Calcutta medical institutions reports 1871-78
Year: 1871
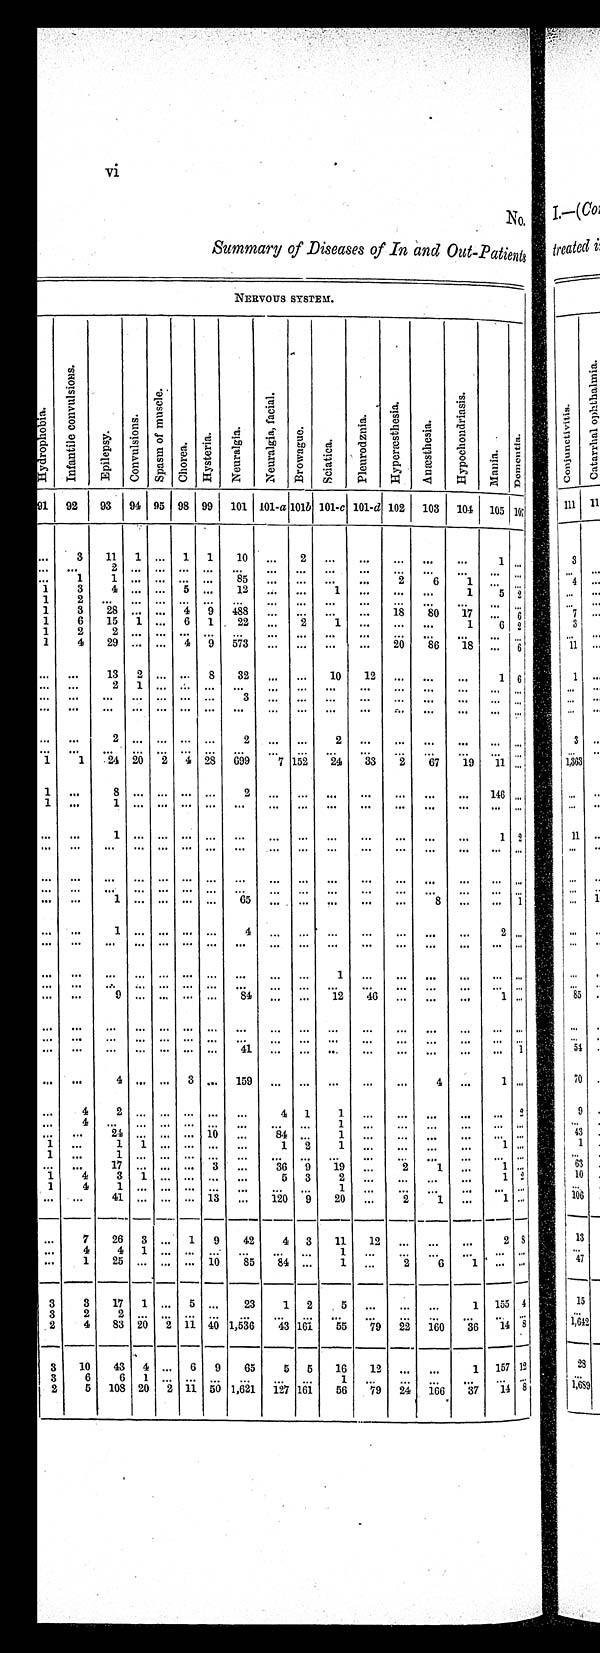
vi
No.
Summary of Diseases of In and Out-Patients
NERVOUS SYSTEM.
H y d r o p h o b i a .
I n f a n t i l e c o n v u l s i o n s .
E p i l e p s y . C o n v u l s i o n s .
S p a s m o f m u s c l e .
C h o r e a . Hy s t e r i a . N e u r a l g i a .
N e u r a l g i a , f a c i a l .
B r o w a g u e .
S c i a t i c a .
P l e u r o d z n i a . H y p e r æ s t h e s i a .
A n æ s t h e s i a . s
H y p o c h o n d r i a s i s .
Mani a.
D o m o n t i a .
91 92 93 94 95 98 99 101 101-a 101b 101-c 101-d 102 103 104 105
1 0 7
. . .
3
11 1 ...
1
1
10 ...
2
. . .
. . . ...
. . .
. . .
1
. . .
...
. . .
2 . . . . . . . . . . . .
. . .
. . . . . .
. . .
. . .
. . .
. . .
. . .
. . .
. . .
. . .
1
1 . . . . . . . . . . . .
8 5
. . . . . .
. . .
. . . 2
6
1 . . .
. . .
1
3
4 . . . . . . 5 . . .
1 2
. . . . . . 1
. . . ...
. . .
1
5
2
1
2
. . . . . . . . . . . . . . .
. . .
. . . . . .
. . .
. . .
. . .
. . .
. . .
. . . . . .
1
3 28 . . . . . . 4 9 488
. . .
. . .
. . .
. . . 18 80
1 7 ... 6
1
1
6 15
1 . . .
6 1 2 2
. . . 2
1 ... ... ...
1 6 2
1
2
2 . . . . . . . . . . . .
. . .
. . . . . .
. . .
. . .
. . .
. . .
. . .
. . .
. . .
1
4
2 9 . . . . . . 4 9
5 7 3
. . . . . .
. . .
. . .
2 0
8 6
1 8
. . .
6
. . .
. . .
13 2 ... . . . 8 32 ... ... 10 12
. . .
. . .
. . .
1 6
. . .
. . .
2 1 . . . . . . . . .
. . .
. . . . . .
. . .
. . .
. . .
. . .
. . .
. . .
. . .
. . .
. . .
. . . . . . . . . . . . . . . 3
. . . . . .
. . .
. . .
. . .
. . .
. . .
. . .
. . .
. . .
. . .
. . . . . . . . . . . . . . .
. . .
. . . . . .
. . . . . .
. . .
. . .
. . .
. . . . . . . . .
. . .
. . .
. . . ...
2 . . . . . . . . . . . .
2
. . . . . .
2
. . .
. . .
. . .
. . .
. . .
. . .
. . .
. . .
. . . . . . . . . . . . . . .
. . .
. . . . . .
. . .
. . .
. . .
. . .
. . .
. . .
. . .
1
1 24 20 2 4 28 699
7 152 24 33 2 67 19 11
. . .
1
. . .
8 . . . . . . . . . . . .
2
. . . . . .
. . .
. . .
. . .
. . .
. . .
1 4 6
. . .
1
. . .
1 . . . . . . . . . . . .
. . .
. . . . . .
. . .
. . .
. . .
. . .
. . .
. . .
. . .
. . .
. . .
1 . . . . . . . . . . . .
. . . . . . ...
. . .
. . .
. . .
. . .
. . .
1 2
. . .
. . .
. . . . . . . . . . . . . . .
. . .
. . . . . .
. . .
. . .
. . .
. . .
. . . . . .
. . .
. . .
. . .
. . .
. . .
. . . . . . ...
. . .
. . .
. . .
. . .
. . .
. . .
. . .
. . .
. . .
. . . . . .
. . .
. . .
. . . ...
. . . . . . . . .
. . .
. . .
. . .
. . .
. . .
. . .
. . .
. . .
. . . . . .
. . .
. . .
1
. . . . . . . . . . . .
6 5
. . . . . .
. . .
. . .
. . .
8
. . .
. . .
1
. . .
. . .
1 . . . . . . . . . . . .
4
. . . . . .
. . .
. . .
. . .
. . .
. . .
2
. . .
. . .
. . .
. . . . . . . . . . . . . . .
. . .
. . . . . .
. . .
. . .
. . .
. . .
. . .
. . .
. . .
. . .
. . .
. . .
. . . . . . . . . . . .
. . .
. . .
. . . 1 ... ...
. . . ...
. . . . . .
. . .
. . .
. . .
. . . . . . . . . . . .
. . .
. . .
. . . ...
. . .
. . .
. . . ...
. . . . . .
. . .
. . .
9
. . . . . . . . . . . .
8 4
. . .
. . . 12 46
. . .
. . .
. . .
1 . . .
... ... ... ... ... ... ... ... ... ... ... ... ... ... ... ... . . .
. . .
. . .
. . . . . . . . . . . . . . .
. . .
. . . . . .
. . .
. . .
. . .
. . .
. . .
. . .
. . .
...
. . .
. . .
. . . . . . . . . ... 41
. . . . . .
. . .
. . .
. . .
. . .
. . . . . .
. . .
1
. . .
. . .
4 . . . . . . 3 . . .
1 5 9
. . . . . .
. . . . . .
. . . . . .
. . .
4
. . .
1
. . .
...
4
2
. . . . . . . . . . . . . . .
. . .
4 1
1
. . .
. . .
. . .
. . .
. . . 2
...
4
. . .
. . . . . . . . . . . .
. . .
. . .
. . .
1
. . .
. . .
. . .
. . .
. . .
. . .
. . .
. . .
2 4 . . . . . . . . . 1 0 ...
84 . . .
1
. . .
. . .
. . .
. . .
. . .
. . .
1 . . .
1 1 . . . . . . . . .
. . . 1
2 1
. . .
. . .
. . .
. . . 1 . . .
1
. . .
1 . . . . . . . . . . . .
. . .
. . . . . .
. . .
. . .
. . . . . .
. . .
. . . . . .
. . .
. . .
1 7 . . . . . . . . . 3
. . . 36 9
1 9 . . .
2
1
. . .
1 . . .
1
4
3 1 . . . . . . . . .
. . . 5 3
2
. . .
. . .
. . . . . .
1 2
1
4
1 . . . . . . . . . . . .
. . .
. . . . . .
1
. . .
. . .
. . .
. . . . . . . . .
. . .
. . .
4 1 . . . . . . . . . 1 3
. . .
1 2 0 9 20
. . .
2
1
. . .
1 . . .
. . . 7 26 3 . . . 1
9 9 42
4 3 11 12
. . .
. . .
. . .
. . .
2 8
. . . 4
4 1 . . . . . . . . .
. . .
. . . . . .
1
. . . . . .
. . .
. . .
. . . . . .
. . .
1 25 . . . . . . . . . 1 0
8 5 84 . . . 1
. . .
2
6
1
. . .
. . .
3
3 17 1 . . . 5 . . . 23
1 2
5
. . .
. . .
. . .
1 155 4
3
2
2 . . . . . . . . . . . .
. . . . . .
. . .
. . .
. . .
. . . . . .
. . .
. . .
. . .
2
4 83 20 2 11 40
1 , 5 3 6 43 161 55 79 22 160 36 14
8
3 10 43 4 . . . 6 9 65
5 5 16 12
. . .
. . .
1
1 5 7 1 2
3
6
6 1 . . .
. . . . . .
. . .
. . . . . . 1
. . .
. . .
. . .
. . .
. . .
. . .
2
5 108 20 2 11 50 1,621 127 161 56 79 24 166
3 7 14 8